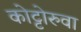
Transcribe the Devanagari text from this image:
कोट्टोरुवा